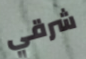
شرقي